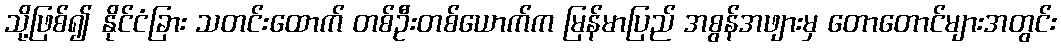
သို့ဖြစ်၍ နိုင်ငံခြား သတင်းထောက် တစ်ဦးတစ်ယောက်က မြန်မာပြည် အစွန်အဖျားမှ တောတောင်များအတွင်း